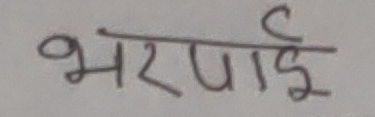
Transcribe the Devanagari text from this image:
भरपाई